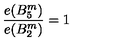
{ \frac { e ( B _ { 5 } ^ { m } ) } { e ( B _ { 2 } ^ { m } ) } } = 1